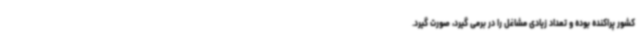
کشور پراکنده بوده و تعداد زیادی مشاغل را در برمی گیرد، صورت گیرد.